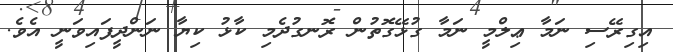
އިގިރޭސި ނަމާ ޢިލްމީ ނަމާ ގުޅޭގޮތުން ރޮނގުދެމި ކާޅު ކިޔާ ނަންދީފައިވަނީ އެވެ.